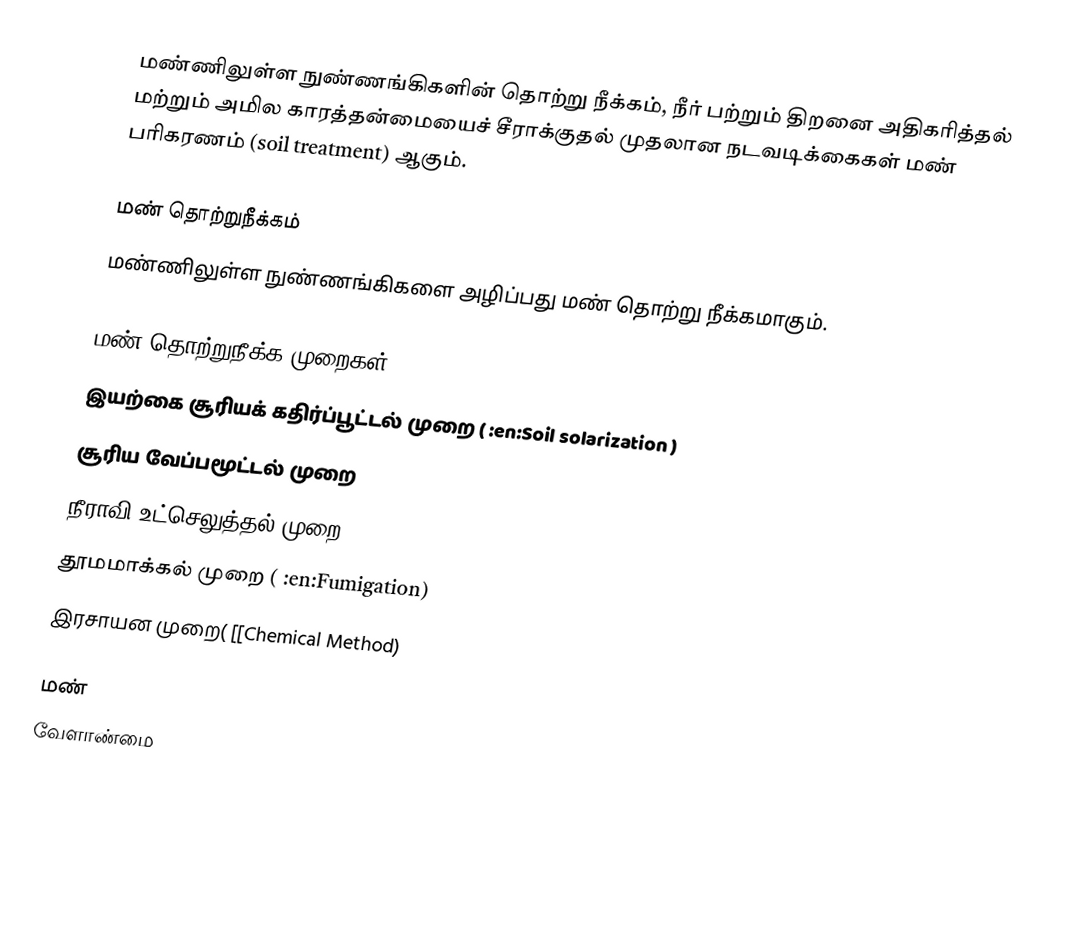
மண்ணிலுள்ள நுண்ணங்கிகளின் தொற்று நீக்கம், நீர் பற்றும் திறனை அதிகரித்தல்  மற்றும்  அமில காரத்தன்மையைச் சீராக்குதல் முதலான நடவடிக்கைகள் மண் பரிகரணம் (soil treatment) ஆகும்.

மண் தொற்றுநீக்கம்
மண்ணிலுள்ள நுண்ணங்கிகளை அழிப்பது மண் தொற்று நீக்கமாகும்.

மண் தொற்றுநீக்க முறைகள்
 இயற்கை சூரியக் கதிர்ப்பூட்டல் முறை ( :en:Soil solarization )
 சூரிய வேப்பமூட்டல் முறை
 நீராவி உட்செலுத்தல் முறை ( :en:Soil steam sterilization)
 தூமமாக்கல் முறை ( :en:Fumigation)
 இரசாயன முறை( [[Chemical Method)

மண்
வேளாண்மை